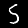
Label: 5